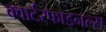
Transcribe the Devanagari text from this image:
क्वार्टरफाइनल्स